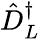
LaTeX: \hat{D}_{L}^{\dagger}